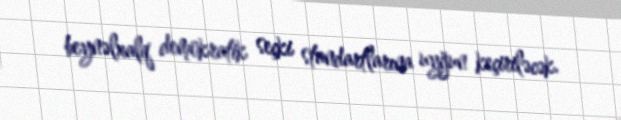
beynəlxalq demokratik seçki standartlarına uyğun keçiriləcək.